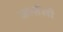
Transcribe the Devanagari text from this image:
कार्सेली